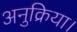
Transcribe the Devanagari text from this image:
अनुक्रिया।